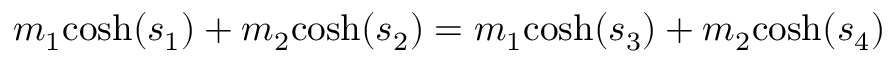
m _ { 1 } { \mathrm { c o s h } } ( s _ { 1 } ) + m _ { 2 } { \mathrm { c o s h } } ( s _ { 2 } ) = m _ { 1 } { \mathrm { c o s h } } ( s _ { 3 } ) + m _ { 2 } { \mathrm { c o s h } } ( s _ { 4 } )